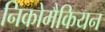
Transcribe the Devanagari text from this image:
निकोमैकियन